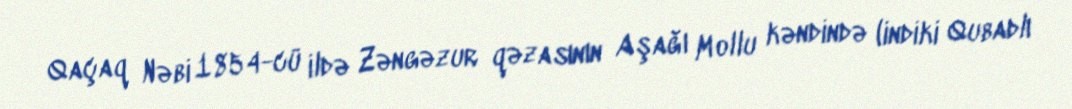
Qaçaq Nəbi 1854-cü ildə Zəngəzur qəzasının Aşağı Mollu kəndində (indiki Qubadlı